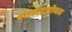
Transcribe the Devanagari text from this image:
शार्लटसोबत